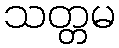
သတ္တမ